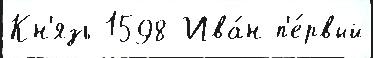
Кн'язь 1598 Ива́н п'е́рвый